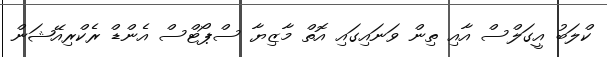
ކްލަބު އީގަލްސް އާއި ތިން ވަނައިގައި އޮތް މާޒިޔާ ސްޕޯޓްސް އެންޑް ރެކްރިއޭޝަން